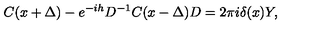
C ( x + \Delta ) - e ^ { - i h } D ^ { - 1 } C ( x - \Delta ) D = 2 \pi i \delta ( x ) Y ,